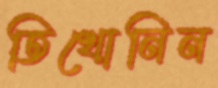
তিখোনিন